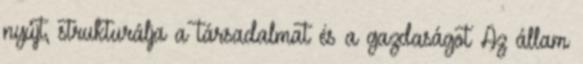
nyújt, strukturálja a társadalmat és a gazdaságot Az állam